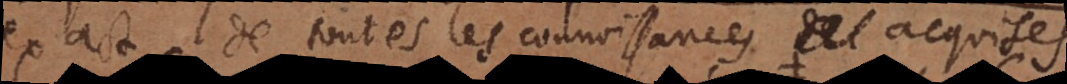
exact de toutes les connoissances acquises